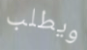
ويطلب